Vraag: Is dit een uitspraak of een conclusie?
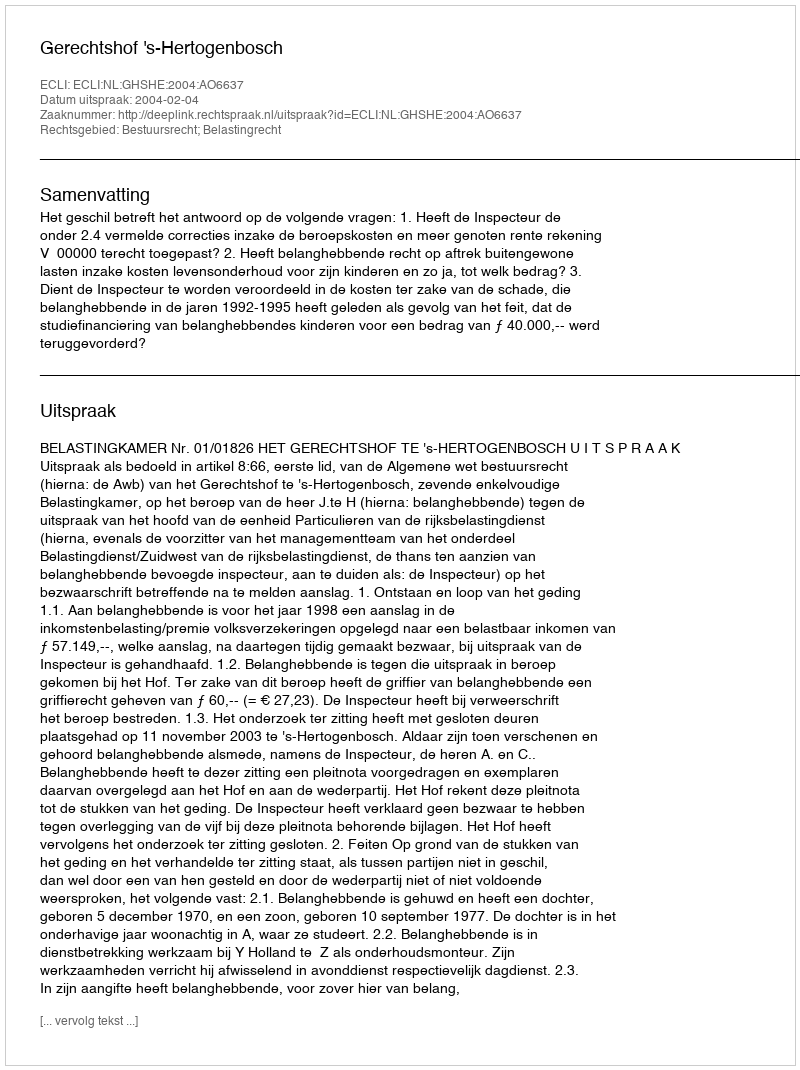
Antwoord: Uitspraak